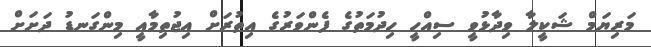
މަރިޔަމް ޝަކީލާ ވިދާޅުވީ ސިއްހީ ހިދުމަތުގެ ފެންވަރުގެ އިތުރަށް އިޖުތިމާއީ މިންގަނޑު ދަށަށް